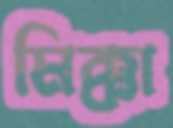
মিক্কা